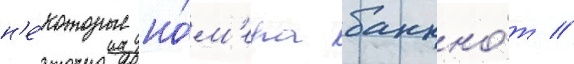
н'е́которые но́м'ера банкно́т //